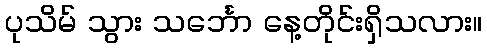
ပုသိမ် သွား သင်္ဘော နေ့တိုင်းရှိသလား။